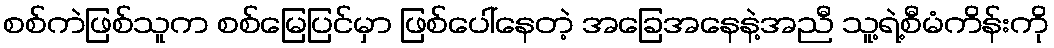
စစ်ကဲဖြစ်သူက စစ်မြေပြင်မှာ ဖြစ်ပေါ်နေတဲ့ အခြေအနေနဲ့အညီ သူ့ရဲ့စီမံကိန်းကို